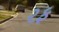
રફ